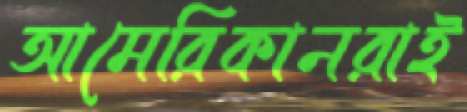
আমেরিকানরাই